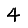
Digit: 4